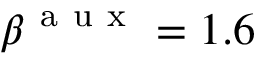
\beta ^ { \mathrm { ~ a ~ u ~ x ~ } } = 1 . 6